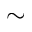
\sim